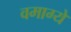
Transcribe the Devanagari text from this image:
वमाग्ये